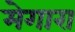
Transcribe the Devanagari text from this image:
मेगारा